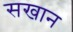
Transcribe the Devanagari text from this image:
सखान